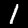
Digit: 1